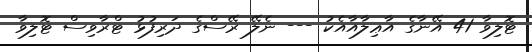
ޓޮލިވާ 41 އޭނާގެ އާޢިލާއާއެކު --- ނެލޭ ރޭސްގެ ދަރިފުޅު ޓްރާވިސް ޓޮލިވާ